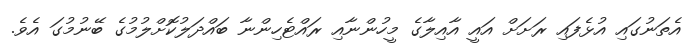
އެތަނުގައި އުޅެފައި ރަަށަށް އަައީ އާއިލާގެ މީހުންނާއި ރައްޓެހިންނާ ބައްދަލުކޮށްލުމުގެ ބޭނުމުގަ އެވެ.